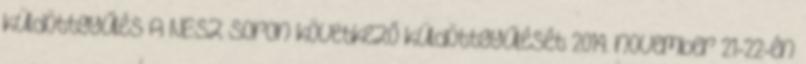
küldöttgyűlés A NESZ soron következő küldöttgyűlését 2014. november 21-22-én